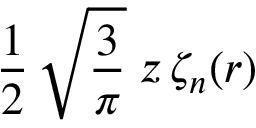
\frac { 1 } { 2 } \, \sqrt { \frac { 3 } { \pi } } \; z \, \zeta _ { n } ( r )